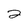
Character: 2